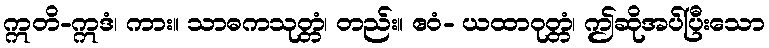
ဣတိ-ဣဒံ၊ ကား။ သာဓကသုတ္တံ၊ တည်း။ ဧဝံ- ယထာဝုတ္တံ၊ ဤဆိုအပ်ပြီးသော